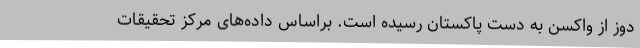
دوز از واکسن به دست پاکستان رسیده است. براساس داده‌های مرکز تحقیقات